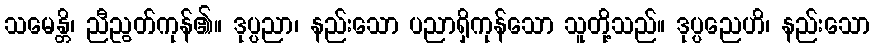
သမေန္တိ၊ ညီညွတ်ကုန်၏။ ဒုပ္ပညာ၊ နည်းသော ပညာရှိကုန်သော သူတို့သည်။ ဒုပ္ပညေဟိ၊ နည်းသော